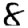
Digit: 8